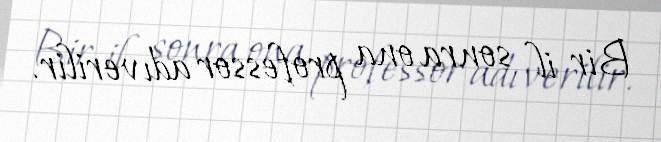
Bir il sonra ona professor adı verilir.